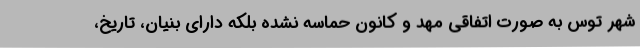
شهر توس به صورت اتفاقی مهد و کانون حماسه نشده بلکه دارای بنیان، تاریخ،